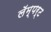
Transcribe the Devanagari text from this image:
लॅम्पर्ट